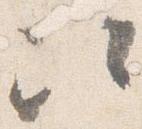
次